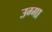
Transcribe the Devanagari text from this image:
उग्गा